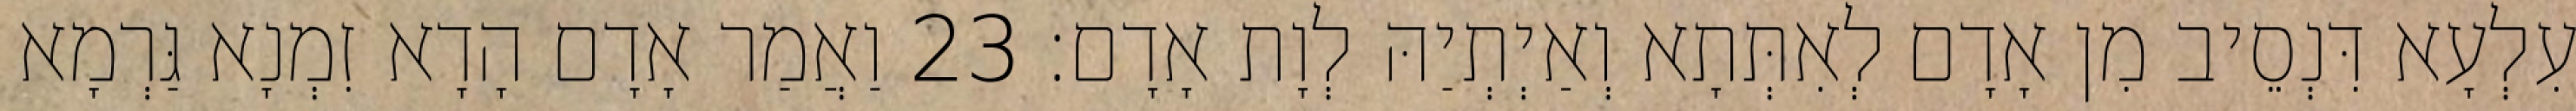
עִלְעָא דִּנְסֵיב מִן אָדָם לְאִתְּתָא וְאַיְתְיַהּ לְוָת אָדָם׃ 23 וַאֲמַר אָדָם הָדָא זִמְנָא גַּרְמָא